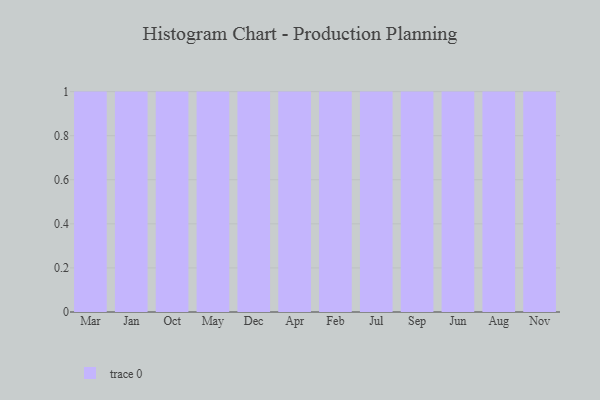
{"axis": {"x": "Month", "y": "Bounce Rate (%)"}, "legend": [""], "data": [{"x": "Mar", "y": 22, "type": ""}, {"x": "Jan", "y": 38, "type": ""}, {"x": "Oct", "y": 48, "type": ""}, {"x": "May", "y": 57, "type": ""}, {"x": "Dec", "y": 28, "type": ""}, {"x": "Apr", "y": 8, "type": ""}, {"x": "Feb", "y": 61, "type": ""}, {"x": "Jul", "y": 73, "type": ""}, {"x": "Sep", "y": 78, "type": ""}, {"x": "Jun", "y": 18, "type": ""}, {"x": "Aug", "y": 52, "type": ""}, {"x": "Nov", "y": 43, "type": ""}]}